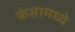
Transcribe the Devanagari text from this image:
कंसामध्ये